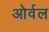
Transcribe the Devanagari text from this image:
ओर्वल